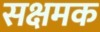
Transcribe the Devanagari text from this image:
सक्षमक